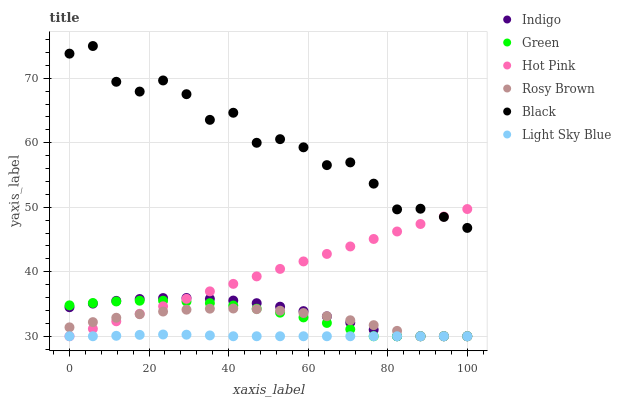
| xaxis_label | Indigo | Green | Hot Pink | Rosy Brown | Black | Light Sky Blue |
 | --- | --- | --- | --- | --- | --- | --- |
 | 0 | 34.5 | 34.8 | 30 | 31.4 | 73.8 | 30 |
 | 5.88 | 35.1 | 35.2 | 31.2 | 32.2 | 75 | 30 |
 | 11.8 | 35.5 | 35.4 | 32.3 | 32.9 | 69.5 | 30.1 |
 | 17.6 | 35.8 | 35.5 | 33.5 | 33.4 | 67.9 | 30.2 |
 | 23.5 | 35.9 | 35.5 | 34.6 | 33.8 | 69.7 | 30.3 |
 | 29.4 | 35.9 | 35.4 | 35.8 | 34.1 | 67.5 | 30.2 |
 | 35.3 | 35.8 | 35.1 | 37 | 34.3 | 63.6 | 30.1 |
 | 41.2 | 35.5 | 34.8 | 38.1 | 34.3 | 64.7 | 30 |
 | 47.1 | 35.1 | 34.3 | 39.3 | 34.2 | 60 | 30 |
 | 52.9 | 34.6 | 33.7 | 40.4 | 34 | 60.6 | 30 |
 | 58.8 | 33.9 | 32.9 | 41.6 | 33.6 | 59.3 | 30 |
 | 64.7 | 33.1 | 32.1 | 42.8 | 33.1 | 56.5 | 30 |
 | 70.6 | 32.1 | 31.1 | 43.9 | 32.5 | 57 | 30 |
 | 76.5 | 31 | 30 | 45.1 | 31.7 | 53.7 | 30 |
 | 82.4 | 30 | 30 | 46.2 | 30.8 | 49.7 | 30 |
 | 88.2 | 30 | 30 | 47.4 | 30 | 49.8 | 30 |
 | 94.1 | 30 | 30 | 48.6 | 30 | 48.5 | 30 |
 | 100 | 30 | 30 | 49.7 | 30 | 46.8 | 30 |